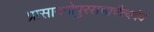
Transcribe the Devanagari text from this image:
प्रासादगोपुरसभाचैत्यदेव